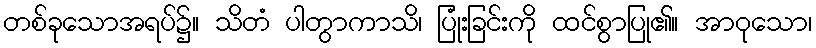
တစ်ခုသောအရပ်၌။ သိတံ ပါတွာကာသိ၊ ပြုံးခြင်းကို ထင်စွာပြု၏။ အာဝုသော၊